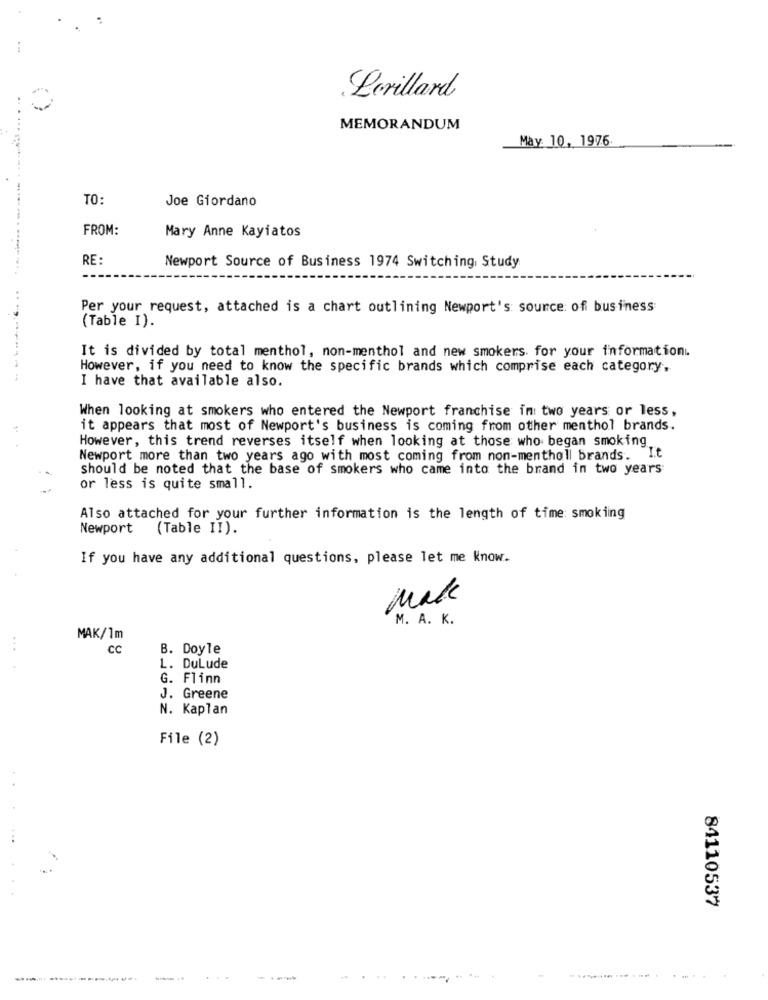
Levillard
MEMORANDUM
May 10, 1976
TO:
Joe Giordano
FROM:
Mary Anne Kayiatos
RE:
Newport Source of Business 1974 Switching Study
Per your request, attached is a chart outlining Newport's: source of business
(Table I).
It is divided by total menthol, non-menthol and new smokers. for your information.
However, if you need to know the specific brands which comprise each category,
I have that available also.
When looking at smokers who entered the Newport franchise in two years or less,
it appears that most of Newport's business is coming from other menthol brands.
However, this trend reverses itself when looking at those who began smoking
Newport more than two years ago with most coming from non-mentholl brands. It
should be noted that the base of smokers who came into the brand in two years
or less is quite small.
Also attached for your further information is the length of time: smoking
Newport
(Table II).
If you have any additional questions, please let me Know.
make
M. A. K.
MAK/1m
CC
B. Doyle
L. DuLude
G. Flinn
J. Greene
N. Kaplan
File (2)
84110537
. .